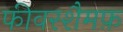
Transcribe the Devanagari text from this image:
फीवरशैमफ़